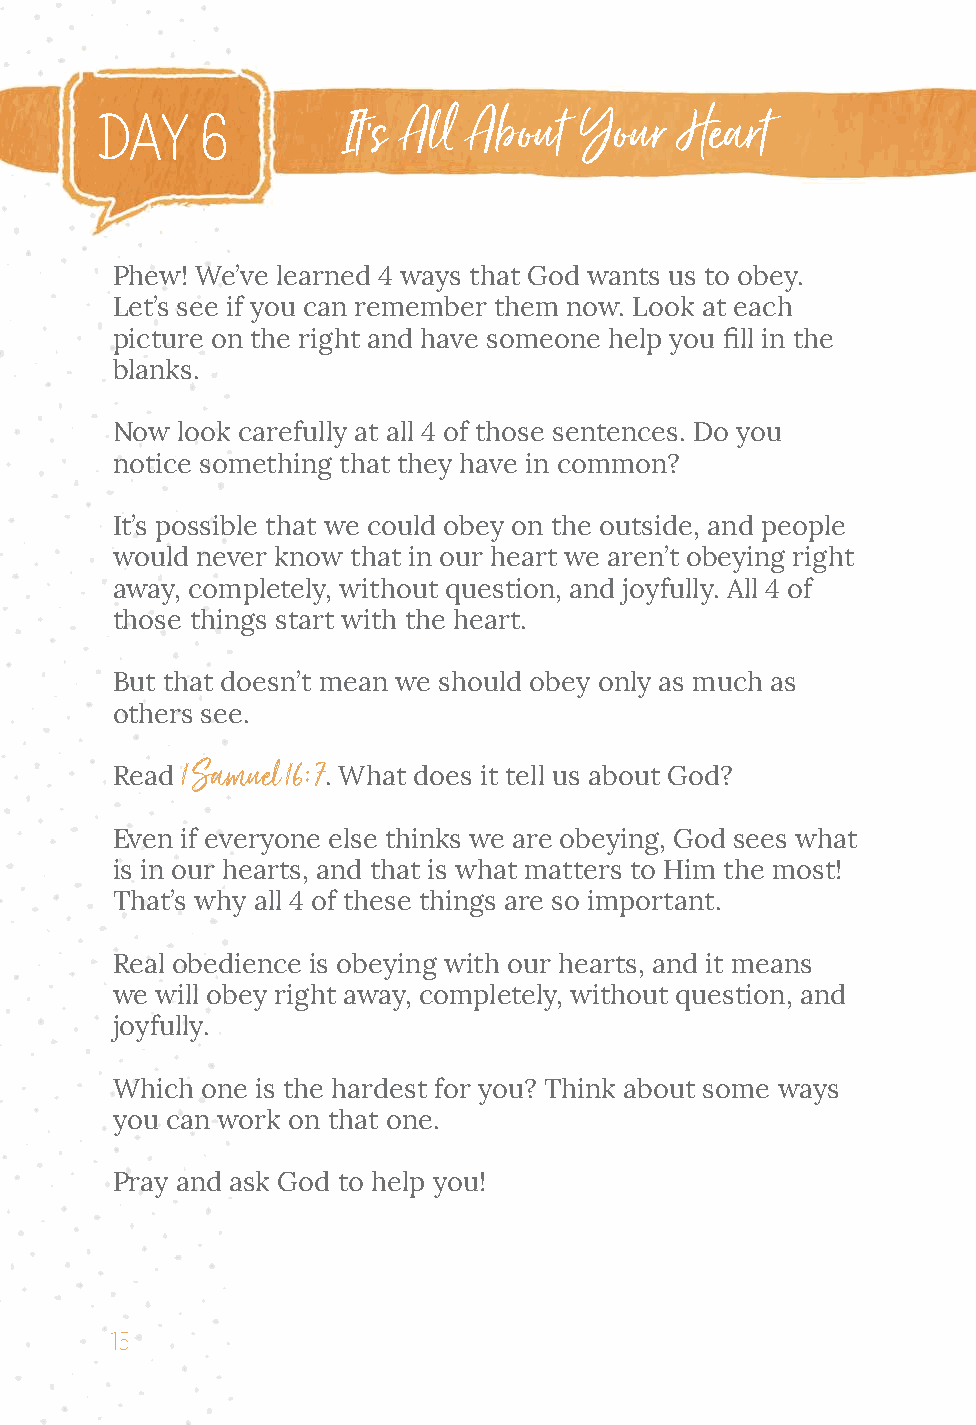
It’s All About Your   Heart
 ddaayy 66
 Phew! We’ve learned 4 ways that God wants us to obey.
 Let’s see if you can remember them now. Look at each
 picture on the right and have someone help you fill in the
 blanks.
 Now  look carefully at all 4 of those sentences. Do you
 notice something that they have in common?
 It’s possible that we could obey on the outside, and people
 would never know that in our heart we aren’t obeying right
 away, completely, without question, and joyfully. All 4 of
 those things start with the heart.
 But that doesn’t mean we should obey only as much as
 others see.
 1 Samuel 16:7
 Read          . What does it tell us about God?
 Even if everyone else thinks we are obeying, God sees what
 is in our hearts, and that is what matters to Him the most!
 That’s why all 4 of these things are so important.
 Real obedience is obeying with our hearts, and it means
 we will obey right away, completely, without question, and
 joyfully.
 Which one is the hardest for you? Think about some ways
 you can work on that one.
 Pray and ask God to help you!
 15